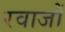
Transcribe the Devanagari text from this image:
रवाजों